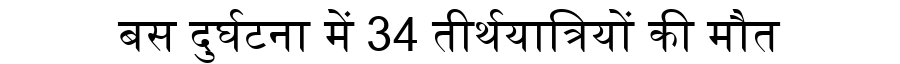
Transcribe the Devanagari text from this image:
बस दुर्घटना में 34 तीर्थयात्रियों की मौत